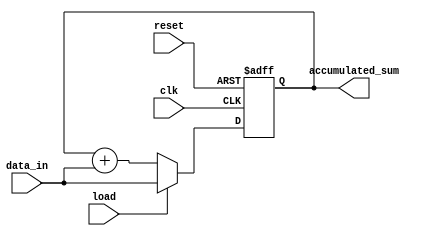
module accumulator (
    input wire clk,
    input wire reset,
    input wire load,
    input wire [31:0] data_in,
    output wire [31:0] accumulated_sum
);

reg [31:0] accumulator_reg;

always @(posedge clk or posedge reset) begin
    if (reset) begin
        accumulator_reg <= 32'b0;
    end else if (load) begin
        accumulator_reg <= data_in;
    end else begin
        accumulator_reg <= accumulator_reg + data_in;
    end
end

assign accumulated_sum = accumulator_reg;

endmodule